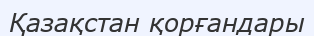
Қазақстан қорғандары